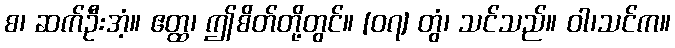
စ၊ ဆက်ဦးအံ့။ ဧတ္ထ၊ ဤစိတ်တို့တွင်။ [၀၇] တွံ၊ သင်သည်။ ဝါ၊သင်က။